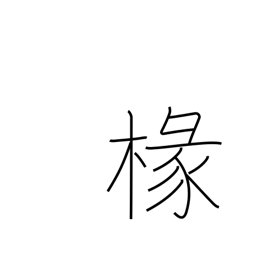
Meaning: porch